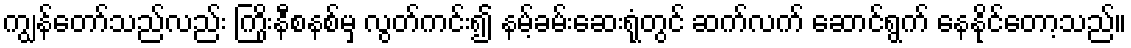
ကျွန်တော်သည်လည်း ကြိုးနီစနစ်မှ လွတ်ကင်း၍ နမ့်ခမ်းဆေးရုံတွင် ဆက်လက် ဆောင်ရွက် နေနိုင်တော့သည်။